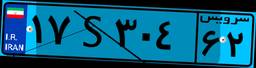
۸۶S۶۷۳۱۴